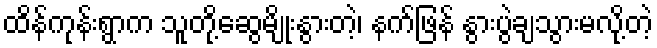
ထိန်ကုန်းရွာက သူတို့ဆွေမျိုးနွားတဲ့၊ နက်ဖြန် နွားပွဲချသွားမလို့တဲ့